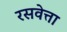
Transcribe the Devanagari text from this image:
रसवेत्ता